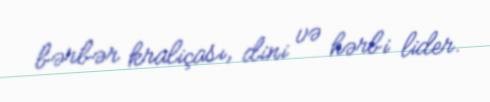
bərbər kraliçası, dini və hərbi lider.